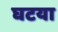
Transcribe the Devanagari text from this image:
घटया